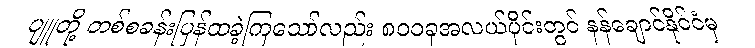
ပျူတို့ တစ်စခန်းပြန်ထခဲ့ကြသော်လည်း ၈၀၀ခုအလယ်ပိုင်းတွင် နန်ချောင်နိုင်ငံမှ